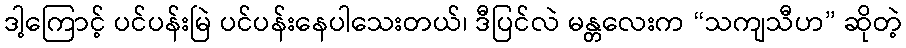
ဒါ့ကြောင့် ပင်ပန်းမြဲ ပင်ပန်းနေပါသေးတယ်၊ ဒီပြင်လဲ မန္တလေးက “သကျသီဟ” ဆိုတဲ့